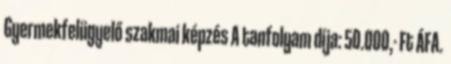
Gyermekfelügyelő szakmai képzés A tanfolyam díja: 50.000,- Ft ÁFA.